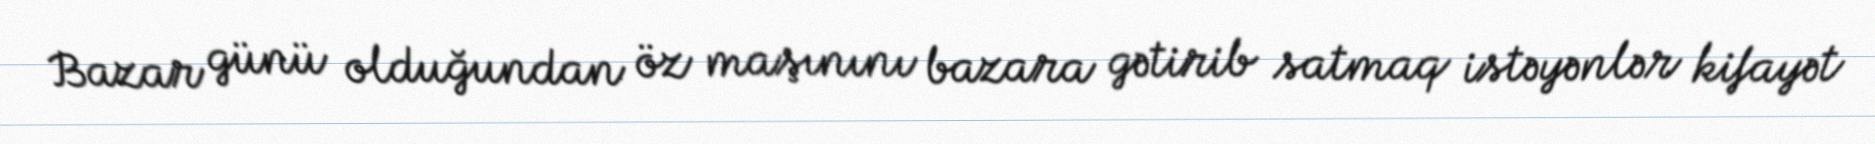
Bazar günü olduğundan öz maşınını bazara gətirib satmaq istəyənlər kifayət